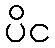
ပိင